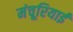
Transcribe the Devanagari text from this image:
मंचूरियाई